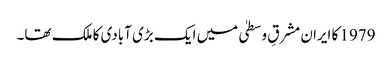
1979 کا ایران مشرقِ وسطیٰ میں ایک بڑی آبادی کا ملک تھا۔